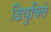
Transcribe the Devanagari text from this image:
डियुविले